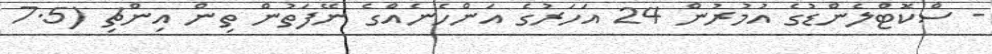
- ސްކޮޓްލެންޑުގެ އުމުރުން 24 އަހަރުގެ އަންހެނެއްގެ ނޭފަތުން ތިން އިންޗި (7.5